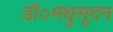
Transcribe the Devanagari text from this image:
डॉ०मधुसूदन